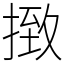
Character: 㨖